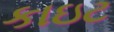
કાઇટ